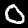
Digit: 0